65_HS1-834228961_62-HQ-83894_Section_3
Agency: FBI
Page 189
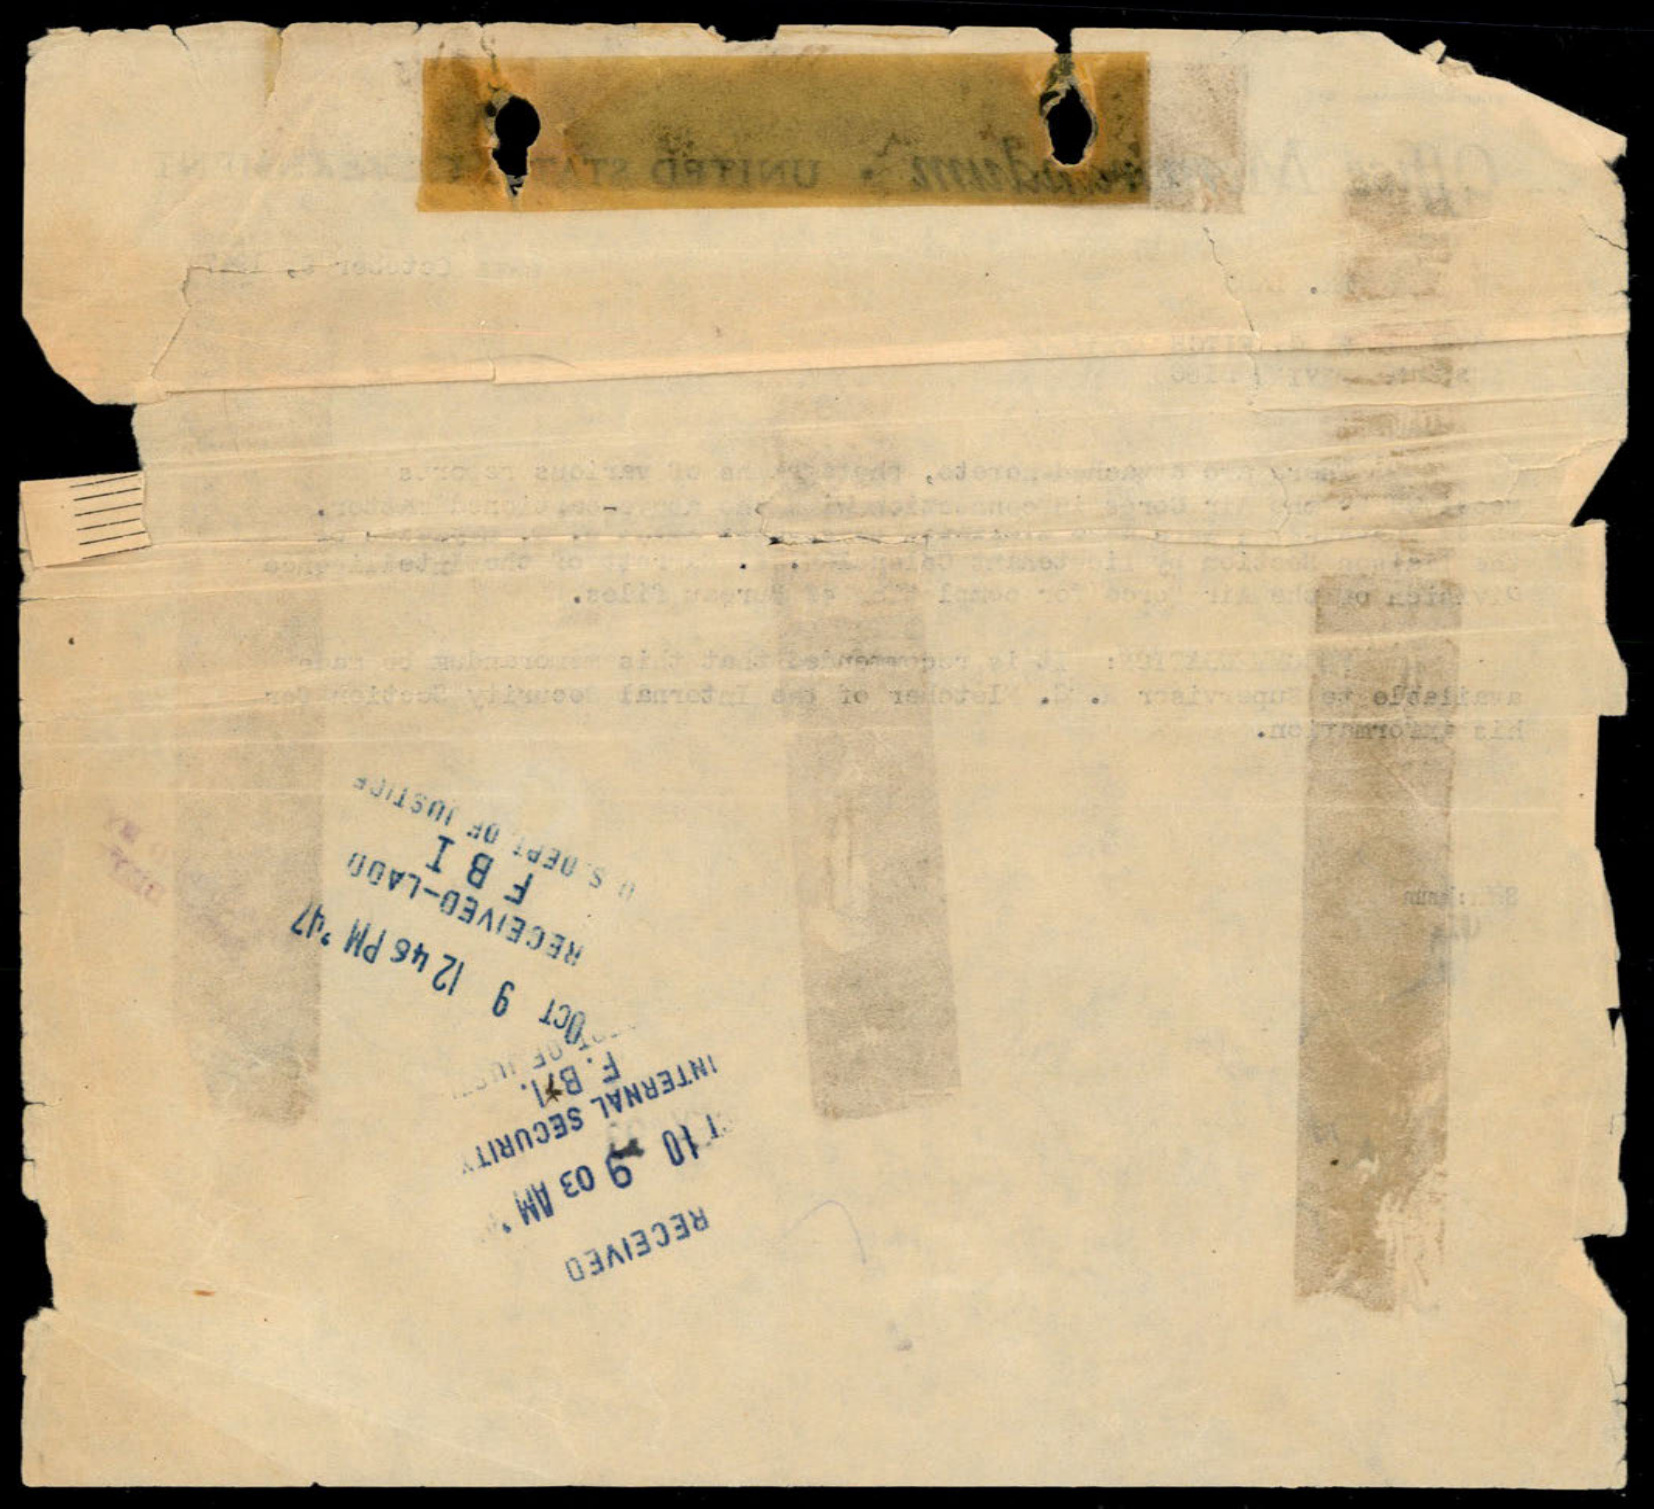